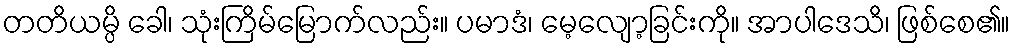
တတိယမ္ပိ ခေါ၊ သုံးကြိမ်မြောက်လည်း။ ပမာဒံ၊ မေ့လျော့ခြင်းကို။ အာပါဒေသိ၊ ဖြစ်စေ၏။